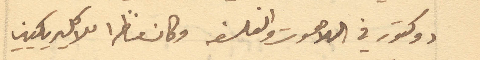
دكتور في اللاهوت والفلسفه وكان مناظرا للاكليركيين